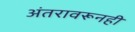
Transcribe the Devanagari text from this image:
अंतरावरूनही